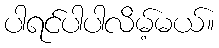
ပါရင်ပါပါလိမ့်မယ်။